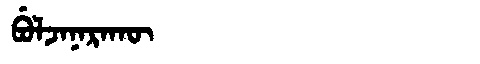
Manchu: ᠪᡠᠯᠵᠠᠨᠠᡵᠠᡴᡡ
Romanization: BULJANARAKŪ